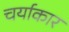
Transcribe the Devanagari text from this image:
चर्याकार